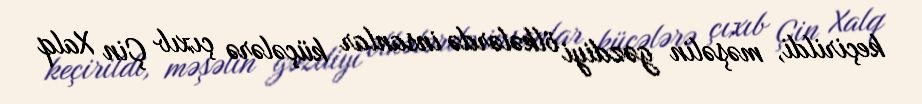
keçirildi, məşəlin gəzdiyi ölkələrdə insanlar küçələrə çıxıb Çin Xalq